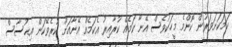
ހަމަކަށަވަރުން ކޮންމެ މީހަކުވެސް އޭނާ ކަމެއް ކުރާއިރު އެކަމެއް އޭނާއަށް ކުރެވޭކަން އިޙުސާސް